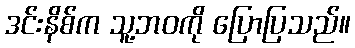
ဒင်းနိစ်က သူ့ဘဝကို ပြောပြသည်။